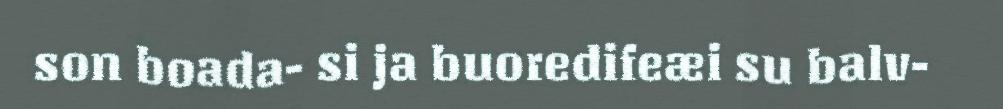
son boada- si ja buoredifeæi su balv-